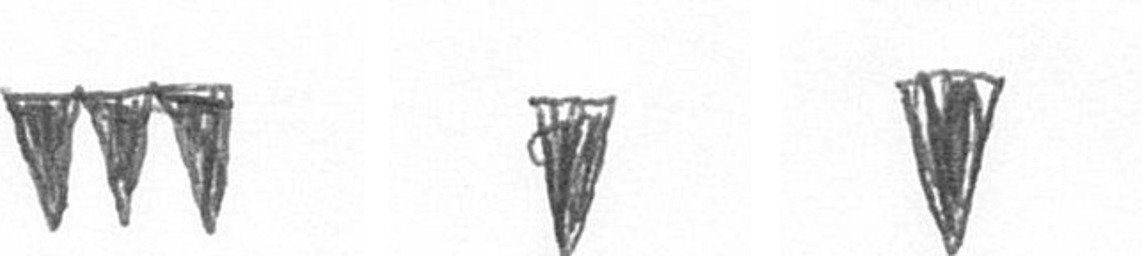
L J J